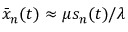
\bar { x } _ { n } ( t ) \approx \mu s _ { n } ( t ) / \lambda